Triennial report on the lunatic asylums in the province of Eastern Bengal and Assam - 1903-1911
Year: 1903
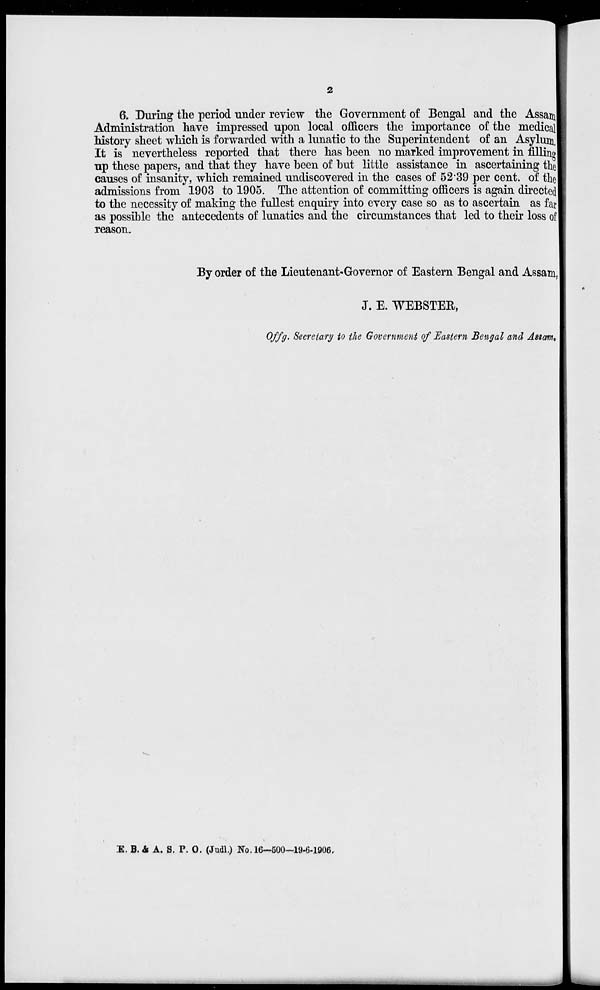
2
6. During the period under review the Government of Bengal and the Assam
Administration have impressed upon local officers the importance of the medical
history sheet which is forwarded with a lunatic to the Superintendent of an Asylum.
It is nevertheless reported that there has been no marked improvement in filling
up these papers, and that they have been of but little assistance in ascertaining the
causes of insanity, which remained undiscovered in the cases of 52.39 per cent. of the
admissions from 1903 to 1905. The attention of committing officers is again directed
to the necessity of making the fullest enquiry into every case so as to ascertain as far
as possible the antecedents of lunatics and the circumstances that led to their loss of
reason.
By order of the Lieutenant-Governor of Eastern Bengal and Assam,
J. E. WEBSTER,
Offg. Secretary to the Government of Eastern Bengal and Assam.
E. B. & A. S. P. O. (Judl.) No. 16—500—19-6-1906.